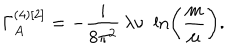
\Gamma _ { A } ^ { ( 4 ) [ 2 ] } = - \frac { i } { 8 \pi ^ { 2 } } \, \lambda \nu \, \, \ln \left( \frac { m } { \mu } \right) .